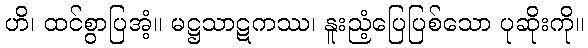
ဟိ၊ ထင်စွာပြအံ့။ မဋ္ဌသာဋကဿ၊ နူးညံ့ပြေပြစ်သော ပုဆိုးကို။